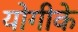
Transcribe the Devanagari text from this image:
योगीके